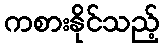
ကစားနိုင်သည့်